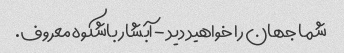
شما جهان را خواهید دید - آبشار باشکوه معروف.